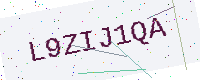
Text: L9ZIJ1QA